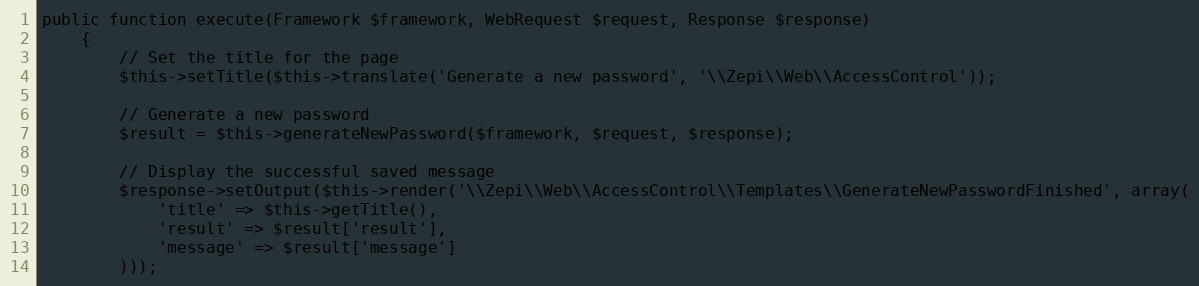
Language: PHP
public function execute(Framework $framework, WebRequest $request, Response $response)
    {
        // Set the title for the page
        $this->setTitle($this->translate('Generate a new password', '\\Zepi\\Web\\AccessControl'));

        // Generate a new password
        $result = $this->generateNewPassword($framework, $request, $response);

        // Display the successful saved message
        $response->setOutput($this->render('\\Zepi\\Web\\AccessControl\\Templates\\GenerateNewPasswordFinished', array(
            'title' => $this->getTitle(),
            'result' => $result['result'],
            'message' => $result['message']
        )));